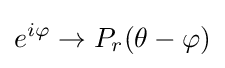
e^{i\varphi }\rightarrow P_{r}(\theta -\varphi )